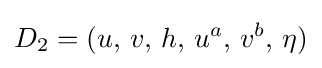
D_{2}=(u,\,v,\,h,\,u^{a},\,v^{b},\,\eta )